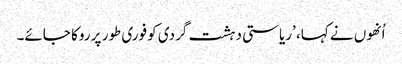
اُنھوں نے کہا، ’ریاستی دہشت گردی کو فوری طور پر روکا جائے۔